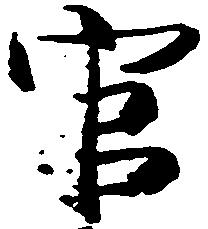
官